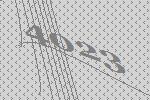
4023